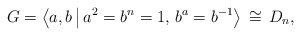
\begin{align*}G = \left\langle a, b \,\big\vert\, a^2 = b^{n} = 1,\, b^a = b^{-1}\right\rangle \,\cong\, D_n, \end{align*}